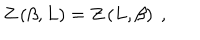
Z \left( \beta , L \right) = Z \left( L , \beta \right) \ ,